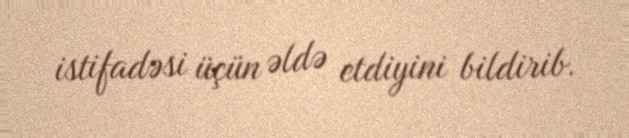
istifadəsi üçün əldə etdiyini bildirib.